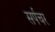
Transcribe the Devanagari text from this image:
सर्पचर